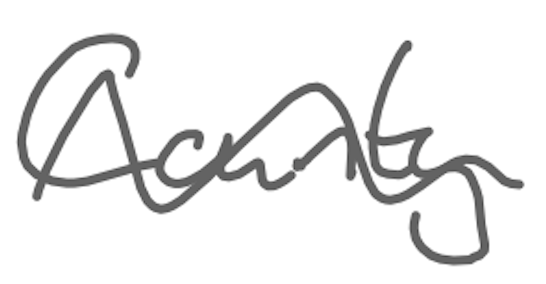
Text: County
Cross-out: wave
Writing tool: digital_gray